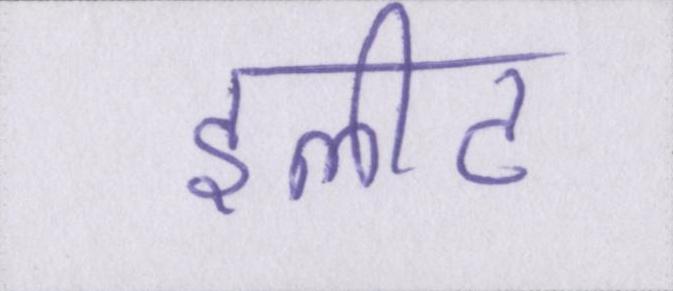
इलीट